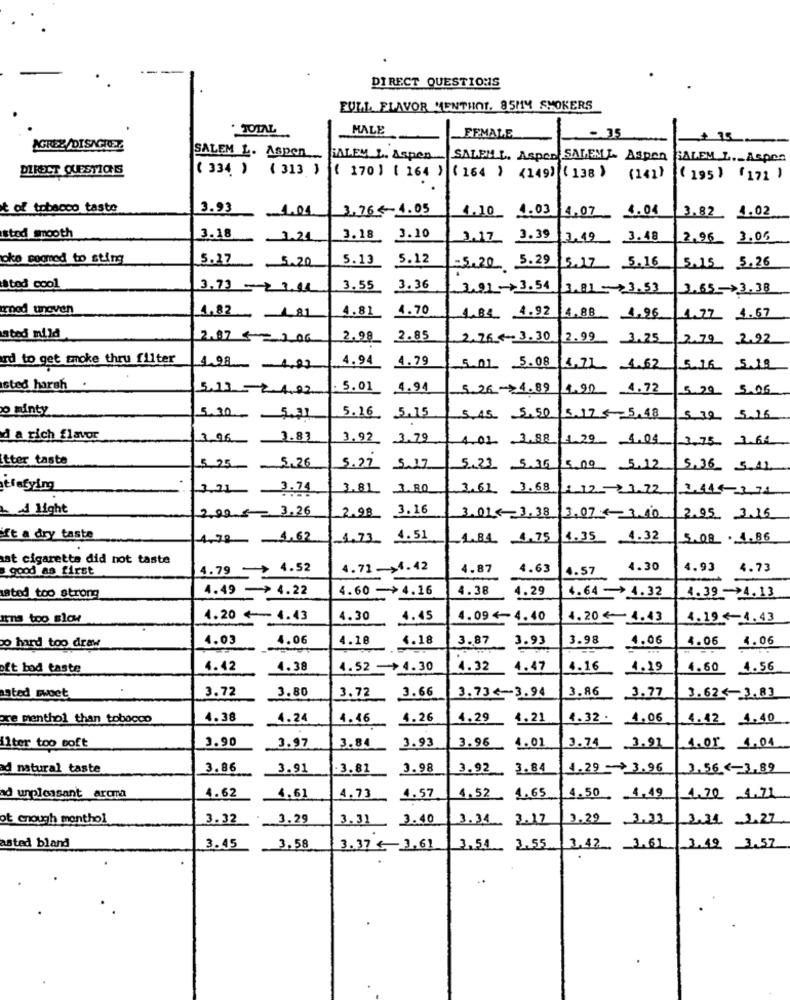
---
DIRECT QUESTIONS
FULL FLAVOR MENTHOL. 85114 SMOKERS
TOTAL
MALE
- 35
FEMALE
+ 15
AGREE/DISACHEZ
SALEM L. Aspen
BALEM L. Aspen
SALEM L. Aspen SALEML. Aspen
SALEM L. Aspro
DIRECT QUESTIONS
( 334. ) ( 313 )
( 170 ] ( 164 ) ( 164 ) <149) (138 )
(141)
( 195 ) (171 )
t of tobacco taste
3.93
1.01
3.76 4.05
4.10 4.03 4.07 1.04
3.82 4.02
stod smooth
3.18
1.24
3.18
3.10
1.17
3.39
3.19 3.48
2.95 3.00
oko sooned to sting
5.27
5.20
5.13
5.12
=5.20 5.29
15.17
5.16
5.15 5.26
stod cool
3.73-2 3.14
3.55
3.36
2.01-3.54
3.81 3.53
3.65>3,38
trnod unaven
4.70
1.82 4 81
4.81
4.84 4.92
1.88 1,96
1.77 1.67
ated mild
2.87 € = 200
2.98
2.85
2,76 €-3.30
2.99
3.25
2.79_ 2.92
rd to get smoke thru filter
4.94
4.79
198 102
5.01_ _ 5.08
1.IL 4.62
5.16 5.18
sted harsh .
5.13 -24.02
. 5.01
4.94
5.264.89
1.92 1.72
5.29 5.06
o minty
5.30
5.31
5.16 5.15
5.45 5.50
5.12.5 5,48
$ 39. 5.16
d a rich flavor
3.96
2.83
3.92 3.79
4.023.88
1.29 1.04
3,75 1.64
tter taste
5.25 - 5,26
5.22
5.17
5.23 5.35 5.00 5.12
5.36 5.11
tfafying
3.21 3.74
3.81 3.80
3.61 3.68
1.12 3.22
~A light
2,00 € 3.26
3.16
2.98
3.01 3,38
3.07 3.10
2.95 3.15
ft a dry taste
4.78 4.62
1.73 4.51
1.84 4,75
1.35 4.32
5.08 . 4.86
at cigarette did not taste
good as first
4.79 -> 4.52
4.71 ->4.42
4.87
4.63
4.57
4.30
4.93 4.73
--
4.49 ->4.22
4.60 ->4.16
4.38
4.29
sted too strong
4.64-> 4.32
4.39 ->4.13
Ins too slow
4.20 4-4.43
4.30
4.45
4.094-4.40
4.20 € 4.43
4.19 4 4.43
4.03
4.06
4.18
4.18
3.87
3.93
3.98
4.06
4.06
4.06
o hard too draw
oft bad taste
4.42
4.38
4.52 4.30
4.32
4.47
4.16
1.19
4.60 4.56
3.72
3.80
3.72
3.86
ated sweet
3.66
3.7353.94
3.77
3.624-3.83
ore menthol than tobacco
4.38
4.24
4.46
4.26
4.29
4.21
4.32- 4.06
4.42. 4.40
3.90
Liter too soft
3.97
3.84
3.93
3.96
4.01
3.74 3.91
.or 1.04
ad natural taste
3.86
3.91
3.81
3.98
3.92
3.84
4.29 - 3.96
2.56 <-- 3.89
ad unpleasant aroma
4.62
4.61
4.73
4.57
4.52
1.65
4.50 1,49
4.20 1.71
ot enough menthol
3.32
3.29
3.31 . 3.40
3.34
3.17
3.29 3.33
2.34 3.27
asted bland
3.45
3.58
3.37 € 3,61
3.54. 3.55
3.42 3.61
3.49 3.57